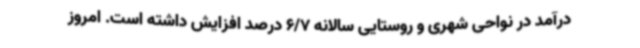
درآمد در نواحی شهری و روستایی سالانه 6/7 درصد افزایش داشته است. امروز